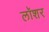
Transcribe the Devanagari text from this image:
लॉशर